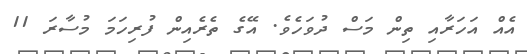
އެއް އަހަރާއި ތިން މަސް ދުވަހެވެ. އޭގެ ތެރެއިން ފުރިހަމަ މުސާރަ 11